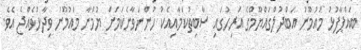
ބައްޕާފުޅު މައުމޫނު އަބްދުލްގައްޔޫމްގެ އަރިހުގައި ސާބިތުކަމާއިއެކު ހުންނަވާނެކަމަށް ޔުމްނާ މައުމޫނު ވިދާޅުވެއްޖެ އެވެ.